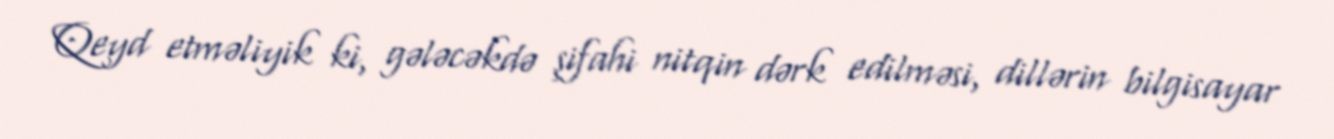
Qeyd etməliyik ki, gələcəkdə şifahi nitqin dərk edilməsi, dillərin bilgisayar